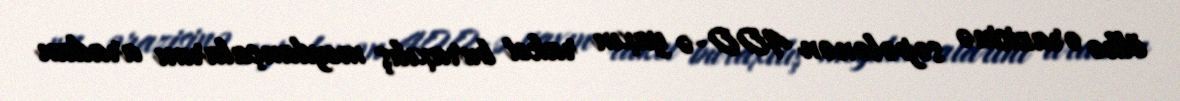
ölkə ərazisinə səpələnən 400-ə yaxın raket buraxılış meydançalarını aradan